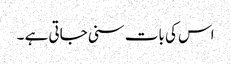
اس کی بات سنی جاتی ہے ۔